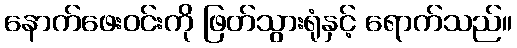
နောက်ဖေးဝင်းကို ဖြတ်သွားရုံနှင့် ရောက်သည်။